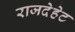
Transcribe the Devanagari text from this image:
राजदेहेट